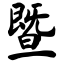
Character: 暨